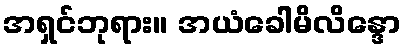
အရှင်ဘုရား။ အယံခေါမိလိန္ဒော